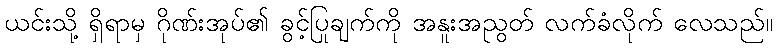
ယင်းသို့ ရှိရာမှ ဂိုဏ်းအုပ်၏ ခွင့်ပြုချက်ကို အနူးအညွတ် လက်ခံလိုက် လေသည်။